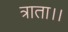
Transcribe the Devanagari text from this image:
त्राता।।